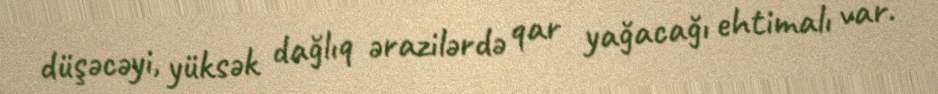
düşəcəyi, yüksək dağlıq ərazilərdə qar yağacağı ehtimalı var.